Civil Veterinary Dept. Assam report 1927-50 - 1927-1950
Year: 1927
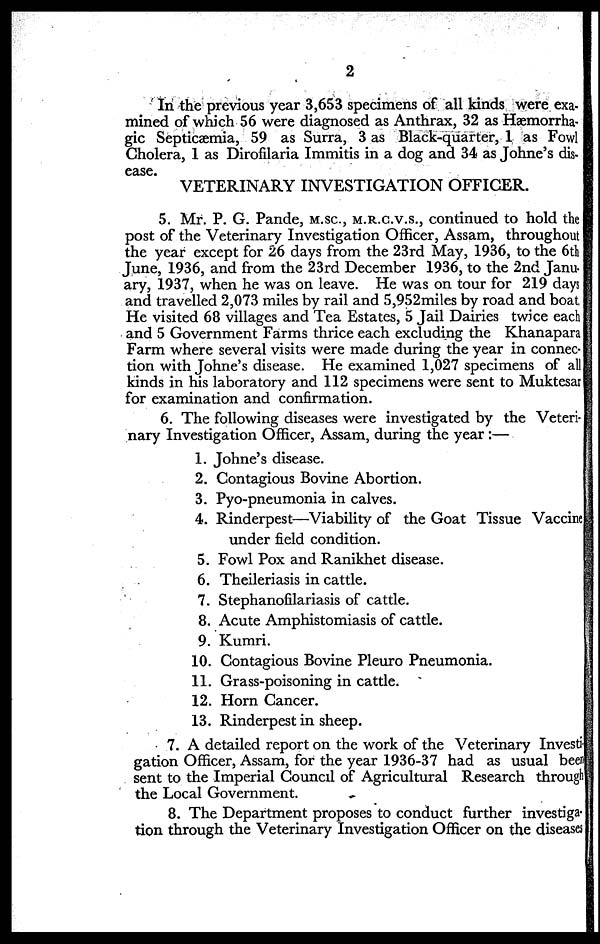
2
In the previous year 3,653 specimens of all kinds were exa-
mined of which 56 were diagnosed as Anthrax, 32 as Hæmorrha-
gic Septicæmia, 59 as Surra, 3 as Black-quarter, 1 as Fowl
Cholera, 1 as Dirofilaria Immitis in a dog and 34 as Johne's dis-
ease.
VETERINARY INVESTIGATION OFFICER.
5. Mr. P. G. Pande, M.SC, M.R.C.V.S., continued to hold the
post of the Veterinary Investigation Officer, Assam, throughout
the year except for 26 days from the 23rd May, 1936, to the 6th
June, 1936, and from the 23rd December 1936, to the 2nd Janu-
ary, 1937, when he was on leave. He was on tour for 219 days
and travelled 2,073 miles by rail and 5,952miles by road and boat.
He visited 68 villages and Tea Estates, 5 Jail Dairies twice each
and 5 Government Farms thrice each excluding the Khanapara
Farm where several visits were made during the year in connec-
tion with Johne's disease. He examined 1,027 specimens of all
kinds in his laboratory and 112 specimens were sent to Muktesai
for examination and confirmation.
6. The following diseases were investigated by the Veteri-
nary Investigation Officer, Assam, during the year:—
1. Johne's disease.
2. Contagious Bovine Abortion.
3. Pyo-pneumonia in calves.
4. Rinderpest—Viability of the Goat Tissue Vaccine
under field condition.
5. Fowl Pox and Ranikhet disease.
6. Theileriasis in cattle.
7. Stephanofilariasis of cattle.
8. Acute Amphistomiasis of cattle.
9. Kumri.
10. Contagious Bovine Pleuro Pneumonia.
11. Grass-poisoning in cattle.
12. Horn Cancer.
13. Rinderpest in sheep.
7. A detailed report on the work of the Veterinary Investi-
gation Officer, Assam, for the year 1936-37 had as usual been
sent to the Imperial Council of Agricultural Research through
the Local Government.
8. The Department proposes to conduct further investiga-
tion through the Veterinary Investigation Officer on the diseases